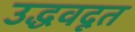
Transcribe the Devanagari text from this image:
उद्धवदूत